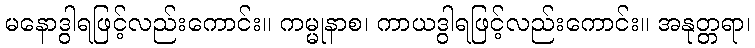
မနောဒွါရဖြင့်လည်းကောင်း။ ကမ္မုနာစ၊ ကာယဒွါရဖြင့်လည်းကောင်း။ အနုတ္တရာ၊